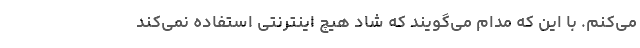
می‌کنم. با این ‌که مدام می‌گویند که شاد هیچ اینترنتی استفاده نمی‌کند